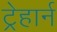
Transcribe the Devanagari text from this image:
ट्रेहार्न